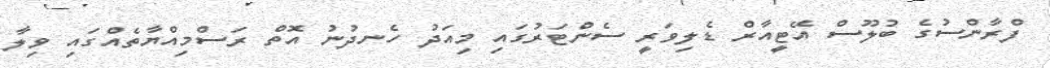
ފްރާންސުގެ ބުލޫސް އޭޓީއާރް ޑެލިވަރީ ސެންޓަރުގައި މިއަދު ހެނދުނު އޮތް ރަސްމިއްޔާތެއްގައި ވިލާ